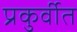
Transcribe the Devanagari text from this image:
प्रकुर्वीत